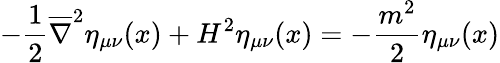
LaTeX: -\frac{1}{2}\overline{{{\nabla}}}^{2}\eta_{\mu\nu}(x)+H^{2}\eta_{\mu\nu}(x)=-\frac{m^{2}}{2}\eta_{\mu\nu}(x)